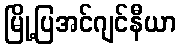
မြို့ပြအင်ဂျင်နီယာ